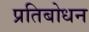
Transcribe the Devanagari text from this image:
प्रतिबोधन